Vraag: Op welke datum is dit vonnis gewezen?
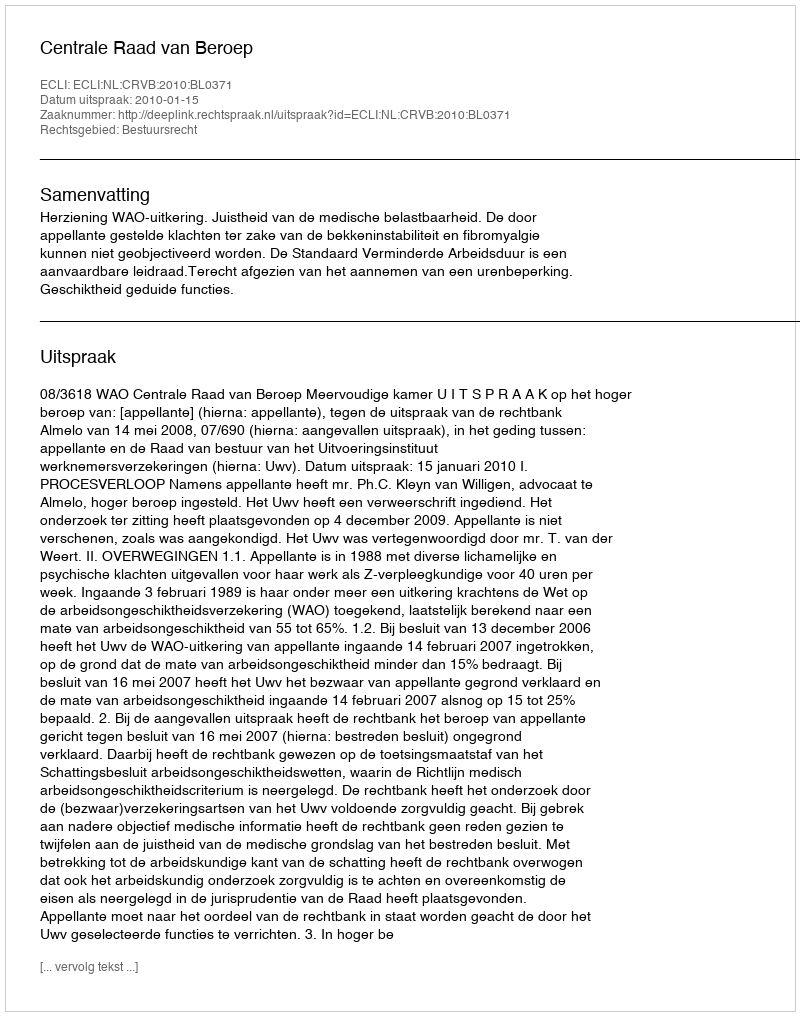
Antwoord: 2010-01-15